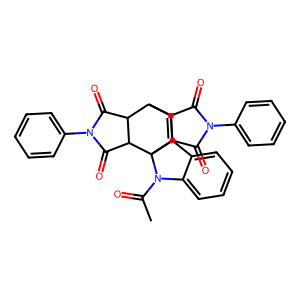
SMILES: CC(=O)N1c2ccccc2C2=CC3C4C(=O)N(c5ccccc5)C(=O)C4C21C1C(=O)N(c2ccccc2)C(=O)C31
Inhibits HIV replication: No